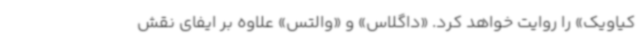
کیاویک» را روایت خواهد کرد. «داگلاس» و «والتس» علاوه بر ایفای نقش